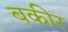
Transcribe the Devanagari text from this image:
बकीर